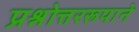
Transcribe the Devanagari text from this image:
प्रश्नोत्तररूपाने